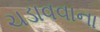
ચડાવવાના